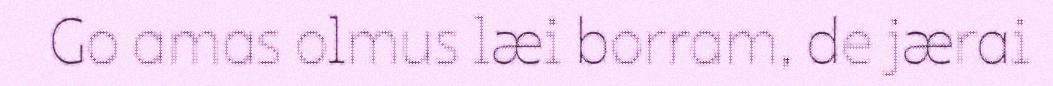
Go amas olmus læi borram, de jærai